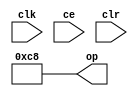
module sysgen_constant_9a49104451 (
  output [(8 - 1):0] op,
  input clk,
  input ce,
  input clr);
  assign op = 8'b11001000;
endmodule